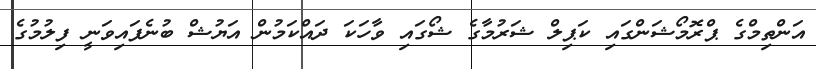
އަންތިމްގެ ޕްރޮމޯޝަންގައި ކަޕިލް ޝަރުމާގެ ޝޯގައި ވާހަކަ ދައްކަމުން އަޔުޝް ބުނެފައިވަނީ ފިލުމުގެ